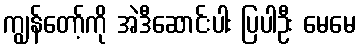
ကျွန်တော့်ကို အဲဒီဆောင်းပါး ပြပါဦး မေမေ